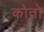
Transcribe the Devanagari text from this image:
कोतो